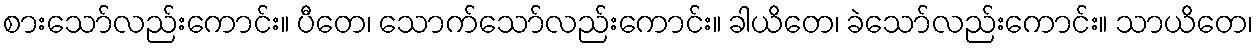
စားသော်လည်းကောင်း။ ပီတေ၊ သောက်သော်လည်းကောင်း။ ခါယိတေ၊ ခဲသော်လည်းကောင်း။ သာယိတေ၊